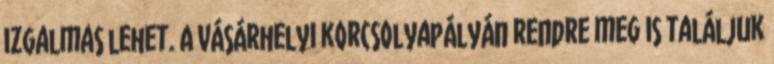
izgalmas lehet. A vásárhelyi korcsolyapályán rendre meg is találjuk